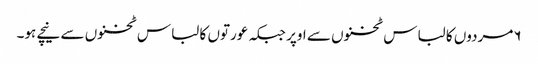
۶مردوں کا لباس ٹخنوں سے اوپر جبکہ عورتوں کا لباس ٹخنوں سے نیچے ہو۔